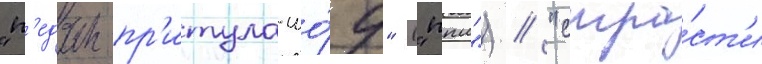
"п'едан-пр'итула-шо́у" ("ппш") / "стра́ст'и